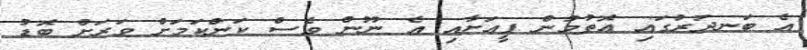
އެ ބަނދަރުގައި އޮތުމުން ފީއަށާއި އެ ނޫން ވެސް ކަންކަމަށް ވަރަށް ބޮޑު